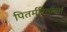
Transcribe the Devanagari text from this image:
पितर्मरित्ज़्बर्ग